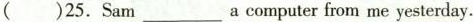
( )25.Sam___a computer from me yesterday.